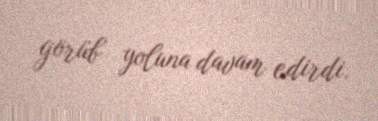
görüb yoluna davam edirdi.